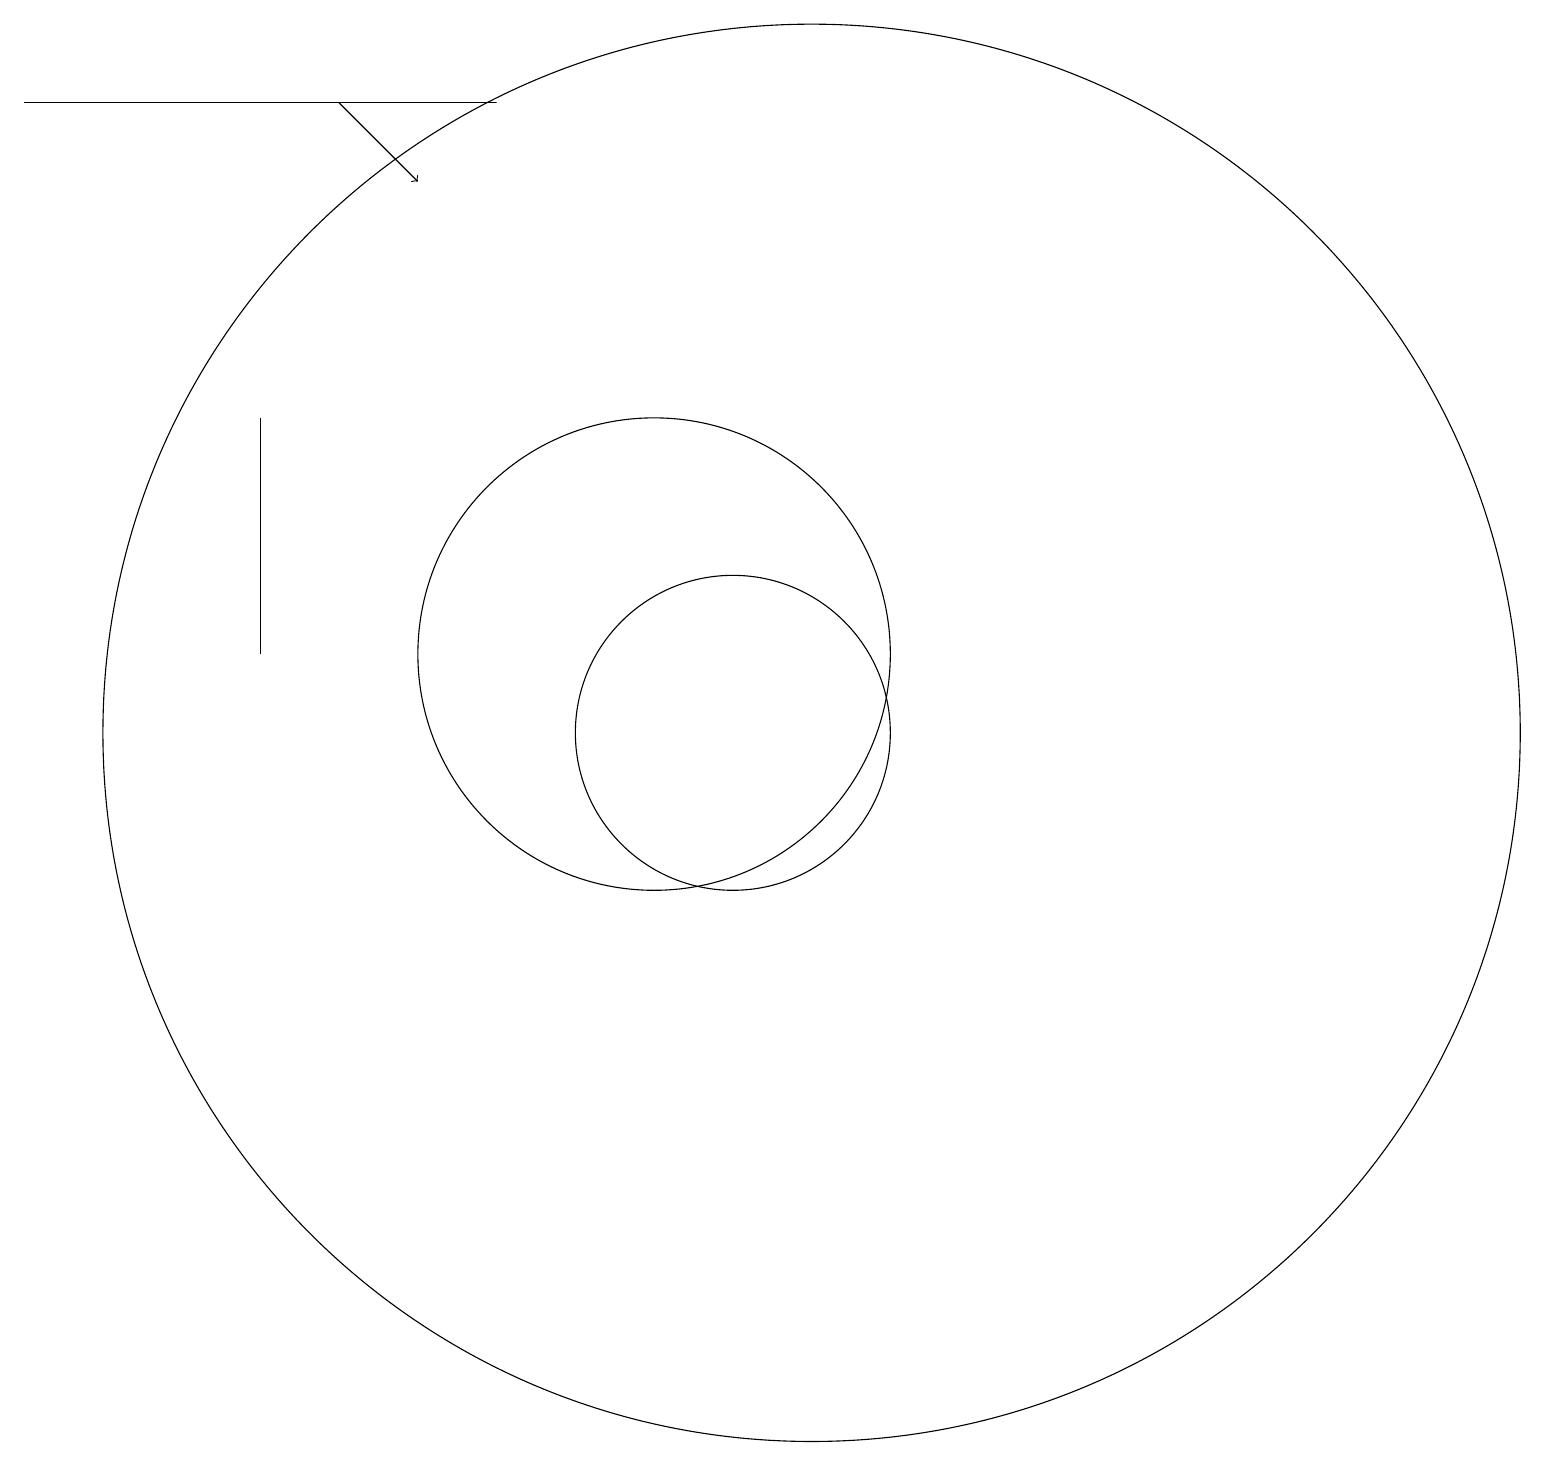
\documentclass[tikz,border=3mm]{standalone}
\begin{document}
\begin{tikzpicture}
\draw (11,10) circle (2);
\draw (5,14) rectangle (5,11);
\draw[->] (6,18) -- (7,17);
\draw (12,10) circle (9);
\draw (10,11) circle (3);
\draw (2,18) rectangle (8,18);
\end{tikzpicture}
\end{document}